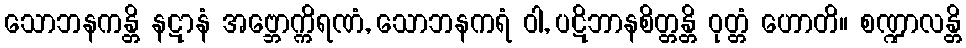
သောဘနကန္တိ နဋာနံ အဗ္ဘောက္ကိရဏံ, သောဘနကရံ ဝါ, ပဋိဘာနစိတ္တန္တိ ဝုတ္တံ ဟောတိ။ စဏ္ဍာလန္တိ